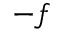
- f